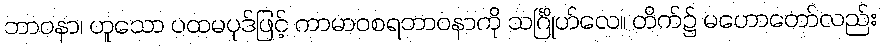
ဘာဝနာ၊ ဟူသော ပထမပုဒ်ဖြင့် ကာမာဝစရဘာဝနာကို သင်္ဂြိုဟ်လေ။ တိက်၌ မဟောတော်လည်း